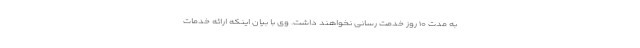
به مدت ۱۰‌ روز خدمت رسانی نخواهند داشت. وی با بیان اینکه ارائه خدمات